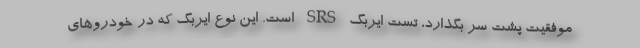
موفقیت پشت سر بگذارد، تست ایربگ SRS است. این نوع ایربگ که در خودروهای